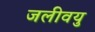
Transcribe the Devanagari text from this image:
जलीवयु